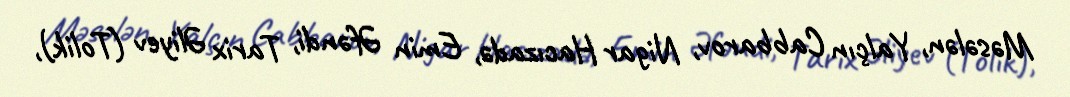
Məsələn, Yalçın Cabbarov, Nigar Hacızadə, Emin Əfəndi, Tarix Əliyev (Tolik),